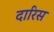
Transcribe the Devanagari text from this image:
दारिस